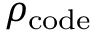
\rho _ { \mathrm { c o d e } }